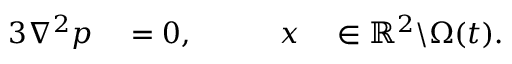
\begin{array} { r l r l } { { 3 } \nabla ^ { 2 } p } & { { } = 0 , \qquad } & { \boldsymbol { x } } & { { } \in \mathbb { R } ^ { 2 } \backslash \Omega ( t ) . } \end{array}